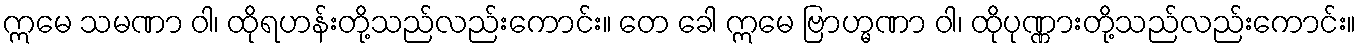
ဣမေ သမဏာ ဝါ၊ ထိုရဟန်းတို့သည်လည်းကောင်း။ တေ ခေါ ဣမေ ဗြာဟ္မဏာ ဝါ၊ ထိုပုဏ္ဏားတို့သည်လည်းကောင်း။